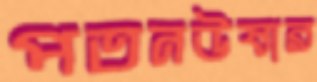
পতনউষার